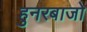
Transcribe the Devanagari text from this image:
हुनरबाजो